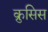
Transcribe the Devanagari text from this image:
क्रुसिस